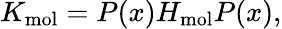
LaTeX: K_{\mathrm{mol}}=P(x)H_{\mathrm{mol}}P(x),